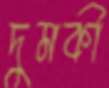
দুমকী